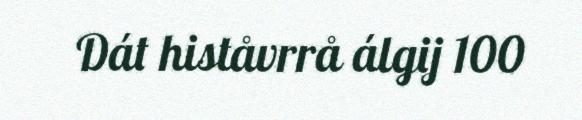
Dát histåvrrå álgij 100